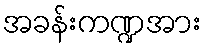
အခန်းကဏ္ဍအား